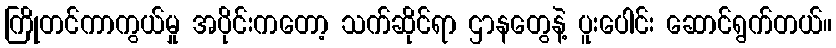
ကြိုတင်ကာကွယ်မှု အပိုင်းကတော့ သက်ဆိုင်ရာ ဌာနတွေနဲ့ ပူးပေါင်း ဆောင်ရွက်တယ်။